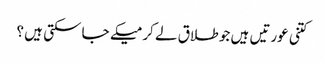
کتنی عورتیں ہیں جو طلاق لے کر میکے جا سکتی ہیں ؟